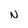
Character: N